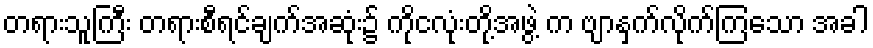
တရားသူကြီး တရားစီရင်ချက်အဆုံး၌ ကိုငလုံးတို့အဖွဲ့ က ဗျာနှက်လိုက်ကြသော အခါ